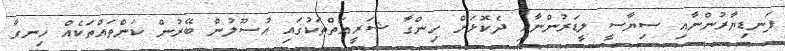
ފަނޑިޔާރުންނާއި ސިޔާސީ ލީޑަރުންނާއި ދެކޮޅަށް ހިންގާ ޝަރީޢަތްތަކުގައި އުސޫލުން ބޭރުން ކަންތައްތަކެއް ހިނގާ